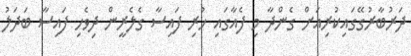
ދަރުބާރުގޭގައިކުރިއަށް ގެންދާ މި ފެއާގައި ހުރި ފައިސާ ގެލެރީން ދިވެހި ފައިސާ ބަދަލު